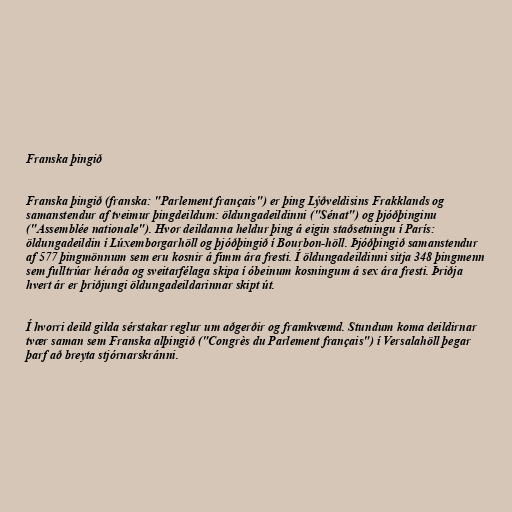
Franska þingið

Franska þingið (franska: "Parlement français") er þing Lýðveldisins Frakklands og
samanstendur af tveimur þingdeildum: öldungadeildinni ("Sénat") og þjóðþinginu
("Assemblée nationale"). Hvor deildanna heldur þing á eigin staðsetningu í París:
öldungadeildin í Lúxemborgarhöll og þjóðþingið í Bourbon-höll. Þjóðþingið samanstendur
af 577 þingmönnum sem eru kosnir á fimm ára fresti. Í öldungadeildinni sitja 348 þingmenn
sem fulltrúar héraða og sveitarfélaga skipa í óbeinum kosningum á sex ára fresti. Þriðja
hvert ár er þriðjungi öldungadeildarinnar skipt út.

Í hvorri deild gilda sérstakar reglur um aðgerðir og framkvæmd. Stundum koma deildirnar
tvær saman sem Franska alþingið ("Congrès du Parlement français") í Versalahöll þegar
þarf að breyta stjórnarskránni.